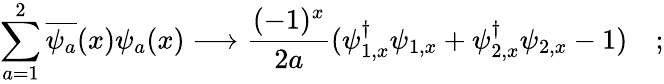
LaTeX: \sum_{a=1}^{2}\overline{{{\psi_{a}}}}(x)\psi_{a}(x)\longrightarrow\frac{(-1)^{x}}{2a}(\psi_{1,x}^{\dagger}\psi_{1,x}+\psi_{2,x}^{\dagger}\psi_{2,x}-1)\quad;